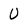
Character: U